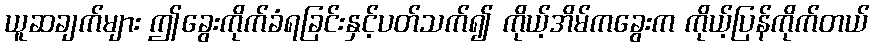
ယူဆချက်များ ဤခွေးကိုက်ခံရခြင်းနှင့်ပတ်သက်၍ ကိုယ့်အိမ်ကခွေးက ကိုယ့်ပြန်ကိုက်တယ်